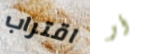
اقتراب أو